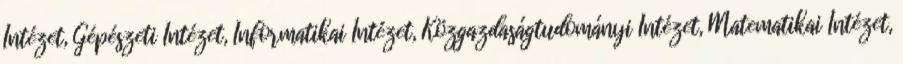
Intézet, Gépészeti Intézet, Informatikai Intézet, Közgazdaságtudományi Intézet, Matematikai Intézet,